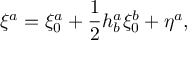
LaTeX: \xi ^ { a } = \xi _ { 0 } ^ { a } + \frac { 1 } { 2 } h _ { b } ^ { a } \xi _ { 0 } ^ { b } + \eta ^ { a } ,